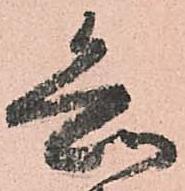
知